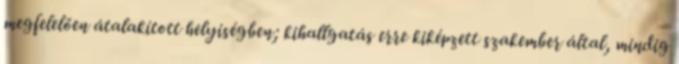
megfelelően átalakított helyiségben; kihallgatás erre kiképzett szakember által, mindig